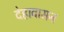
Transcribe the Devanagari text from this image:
देहावासन